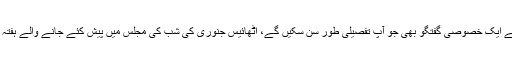
اس موقع پر ہم نے عادل نجم سے ایک خصوصی گفتگو بھی جو آپ تفصیلی طور سن سکیں گے، اٹھائیس جنوری کی شب کی مجلس میں پیش کئے جانے والے ہفتہ وار پروگرام دھرتی آسمان میں۔